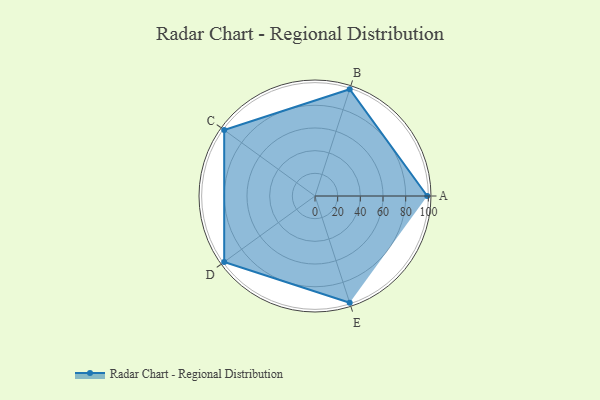
{"axis": {"x": "Skill", "y": "Score"}, "legend": ["Profile"], "data": [{"x": "A", "y": 99, "type": "Profile"}, {"x": "B", "y": 99, "type": "Profile"}, {"x": "C", "y": 99, "type": "Profile"}, {"x": "D", "y": 99, "type": "Profile"}, {"x": "E", "y": 99, "type": "Profile"}]}